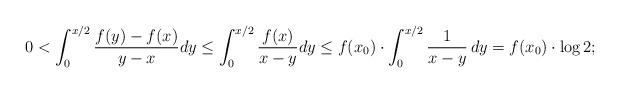
LaTeX: \begin{align*}0< \int_0^{x/2 } \frac{f(y) - f(x)}{y-x} dy \leq \int_0^{x/2 } \frac{f(x)}{x-y} dy \leq f(x_0) \cdot \int_0^{x/2} \frac{1}{x-y} \, dy = f(x_0) \cdot \log 2;\end{align*}